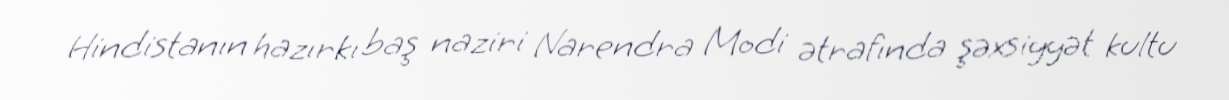
Hindistanın hazırkı baş naziri Narendra Modi ətrafında şəxsiyyət kultu